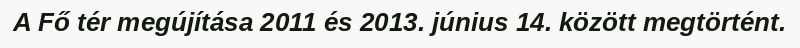
A Fő tér megújítása 2011 és 2013. június 14. között megtörtént.